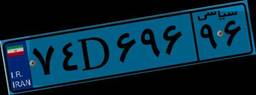
۷۴D۶۹۶۹۶